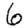
Digit: 6